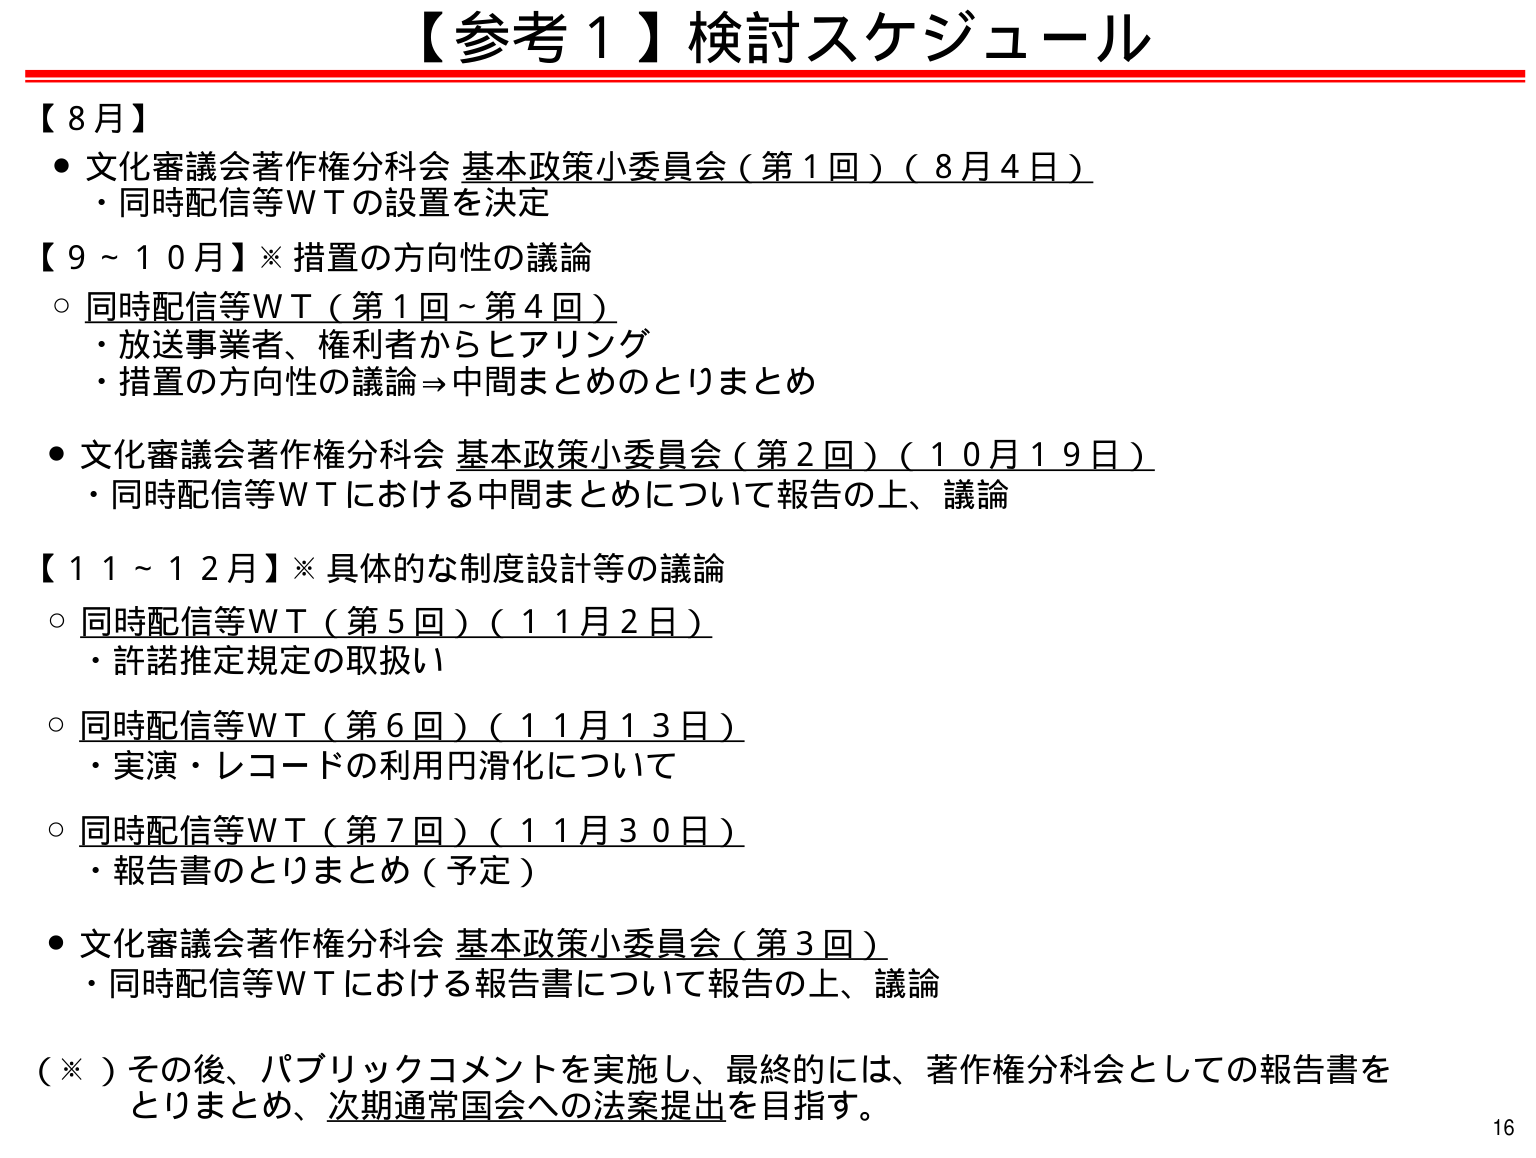
【参考１】検討スケジュール

【８月】
・文化審議会著作権分科会 基本政策小委員会（第１回）（８月４日）
　・同時配信等ＷＴの設置を決定

【９～１０月】※措置の方向性の議論
○ 同時配信等ＷＴ（第１回～第４回）
　・放送事業者、権利者からヒアリング
　・措置の方向性の議論→中間まとめのとりまとめ

・文化審議会著作権分科会 基本政策小委員会（第２回）（１０月１９日）
　・同時配信等ＷＴにおける中間まとめについて報告の上、議論

【１１～１２月】※具体的な制度設計等の議論
○ 同時配信等ＷＴ（第５回）（１１月２日）
　・許諾推定規定の取扱い
○ 同時配信等ＷＴ（第６回）（１１月１３日）
　・実演・レコードの利用円滑化について
○ 同時配信等ＷＴ（第７回）（１１月３０日）
　・報告書のとりまとめ（予定）

・文化審議会著作権分科会 基本政策小委員会（第３回）
　・同時配信等ＷＴにおける報告書について報告の上、議論

（※）その後、パブリックコメントを実施し、最終的には、著作権分科会としての報告書を
　とりまとめ、次期通常国会への法案提出を目指す。

16